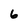
Character: 6